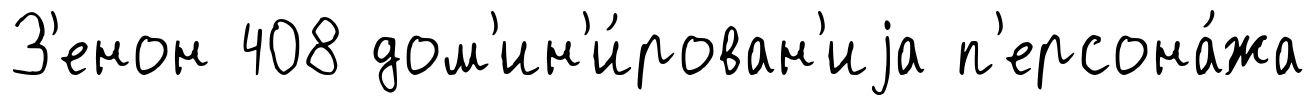
З'енон 408 дом'ин'и́рован'иjа п'ерсона́жа